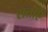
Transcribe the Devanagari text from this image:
सताएं